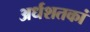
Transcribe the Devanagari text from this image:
अर्धशतकां